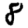
Digit: 8